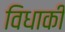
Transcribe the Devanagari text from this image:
विधाकी